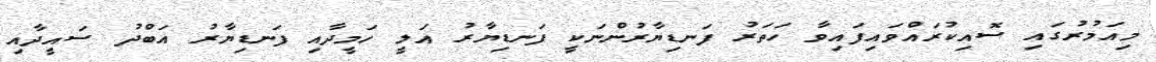
މިއަމުރުގައި ސޮއިކުރައްވައިފައިވާ ހަތަރު ފަނޑިޔާރުންނަކީ ފަނޑިޔާރު އަލީ ހަމީދާއި ފަނޑިޔާރު އަބްދު ސައީދާއި